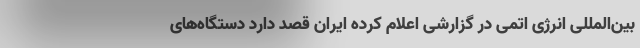
بین‌المللی انرژی اتمی در گزارشی اعلام کرده ایران قصد دارد دستگاه‌های